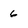
Character: 6